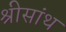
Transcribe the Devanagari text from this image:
श्रीसांथ